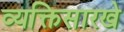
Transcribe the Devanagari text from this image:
व्यक्तिसारखे